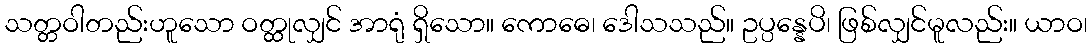
သတ္တဝါတည်းဟူသော ဝတ္ထုလျှင် အာရုံ ရှိသော။ ကောဓေ၊ ဒေါသသည်။ ဥပ္ပန္နေပိ၊ ဖြစ်လျှင်မူလည်း။ ယာဝ၊